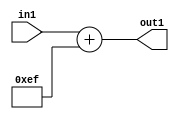
`timescale 1ps / 1ps
/*****************************************************************************
    Verilog RTL Description
    
    
    Created by: Stratus DpOpt 2019.1.01 
*******************************************************************************/

module DC_Filter_Add_12U_62_1 (
	in1,
	out1
	); /* architecture "behavioural" */ 
input [11:0] in1;
output [11:0] out1;
wire [11:0] asc001;

assign asc001 = 
	+(in1)
	+(12'B000011101111);

assign out1 = asc001;
endmodule

/* CADENCE  urnzSww= : u9/ySgnWtBlWxVPRXgAZ4Og= ** DO NOT EDIT THIS LINE ******/